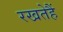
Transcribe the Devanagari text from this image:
रखतेहैं